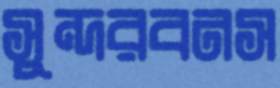
সুন্দরবনস